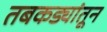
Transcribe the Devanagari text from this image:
तबकड्यांतून